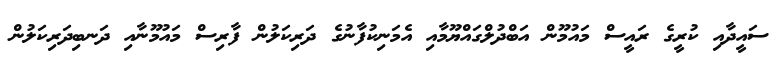
ސައީދާއި ކުރީގެ ރައީސް މައުމޫން އަބްދުލްގައްޔޫމާއި އެމަނިކުފާނުގެ ދަރިކަލުން ފާރިސް މައުމޫނާއި ދަނބިދަރިކަލުން